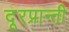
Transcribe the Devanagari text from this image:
दूरप्रान्ती